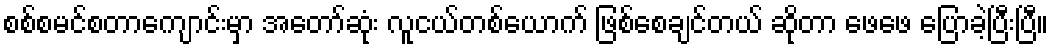
စစ်စမင်စတာကျောင်းမှာ အတော်ဆုံး လူငယ်တစ်ယောက် ဖြစ်စေချင်တယ် ဆိုတာ ဖေဖေ ပြောခဲ့ပြီးပြီ။